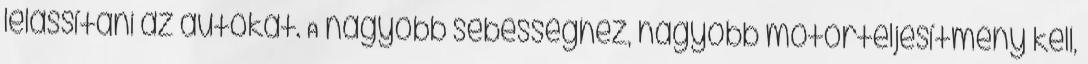
lelassítani az autókat. A nagyobb sebességhez, nagyobb motorteljesítmény kell,